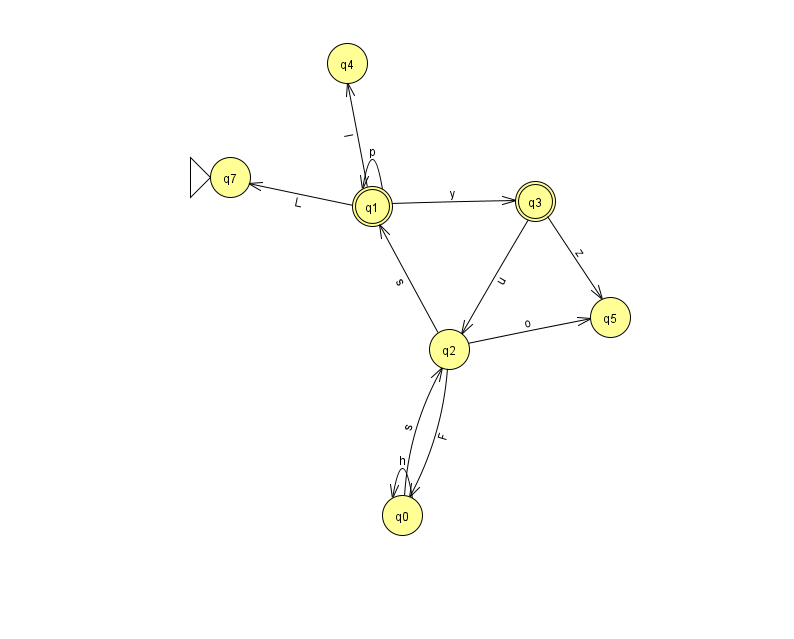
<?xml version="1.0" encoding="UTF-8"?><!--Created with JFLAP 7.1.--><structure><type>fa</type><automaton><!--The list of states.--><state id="0" name="q0"><x>402.0</x><y>502.0</y></state><state id="1" name="q1"><x>372.0</x><y>193.0</y><final/></state><state id="2" name="q2"><x>449.0</x><y>336.0</y></state><state id="3" name="q3"><x>535.0</x><y>188.0</y><final/></state><state id="4" name="q4"><x>347.0</x><y>50.0</y></state><state id="5" name="q5"><x>610.0</x><y>304.0</y></state><state id="7" name="q7"><x>230.0</x><y>164.0</y><initial/></state><!--The list of transitions.--><transition><from>1</from><to>1</to><read>p</read></transition><transition><from>1</from><to>3</to><read>y</read></transition><transition><from>2</from><to>5</to><read>o</read></transition><transition><from>2</from><to>1</to><read>s</read></transition><transition><from>0</from><to>0</to><read>h</read></transition><transition><from>2</from><to>0</to><read>F</read></transition><transition><from>3</from><to>2</to><read>u</read></transition><transition><from>1</from><to>7</to><read>L</read></transition><transition><from>1</from><to>4</to><read>I</read></transition><transition><from>0</from><to>2</to><read>s</read></transition><transition><from>3</from><to>5</to><read>z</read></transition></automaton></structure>